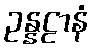
ဥန္နဠာနံ